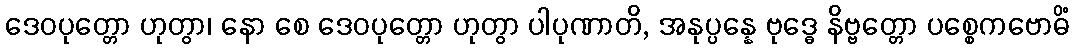
ဒေဝပုတ္တော ဟုတွာ၊ နော စေ ဒေဝပုတ္တော ဟုတွာ ပါပုဏာတိ, အနုပ္ပန္နေ ဗုဒ္ဓေ နိဗ္ဗတ္တော ပစ္စေကဗောဓိံ